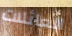
العائلات